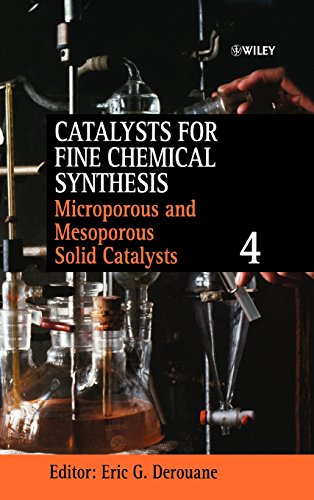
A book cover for Catalysts for Fine Chemical Synthesis, Microporous and Mesoporous Solid Catalysts (Catalysts For Fine Chemicals Synthesis) (Volume 4); Engineering & Transportation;